Bréfritari: Sigríður Pálsdóttir
Viðtakandi: Páll Pálsson
Dagsetning: A-1847-06-21
Skrifað á: Hraungerði  Árn.
Páll var bróðir Sigríðar

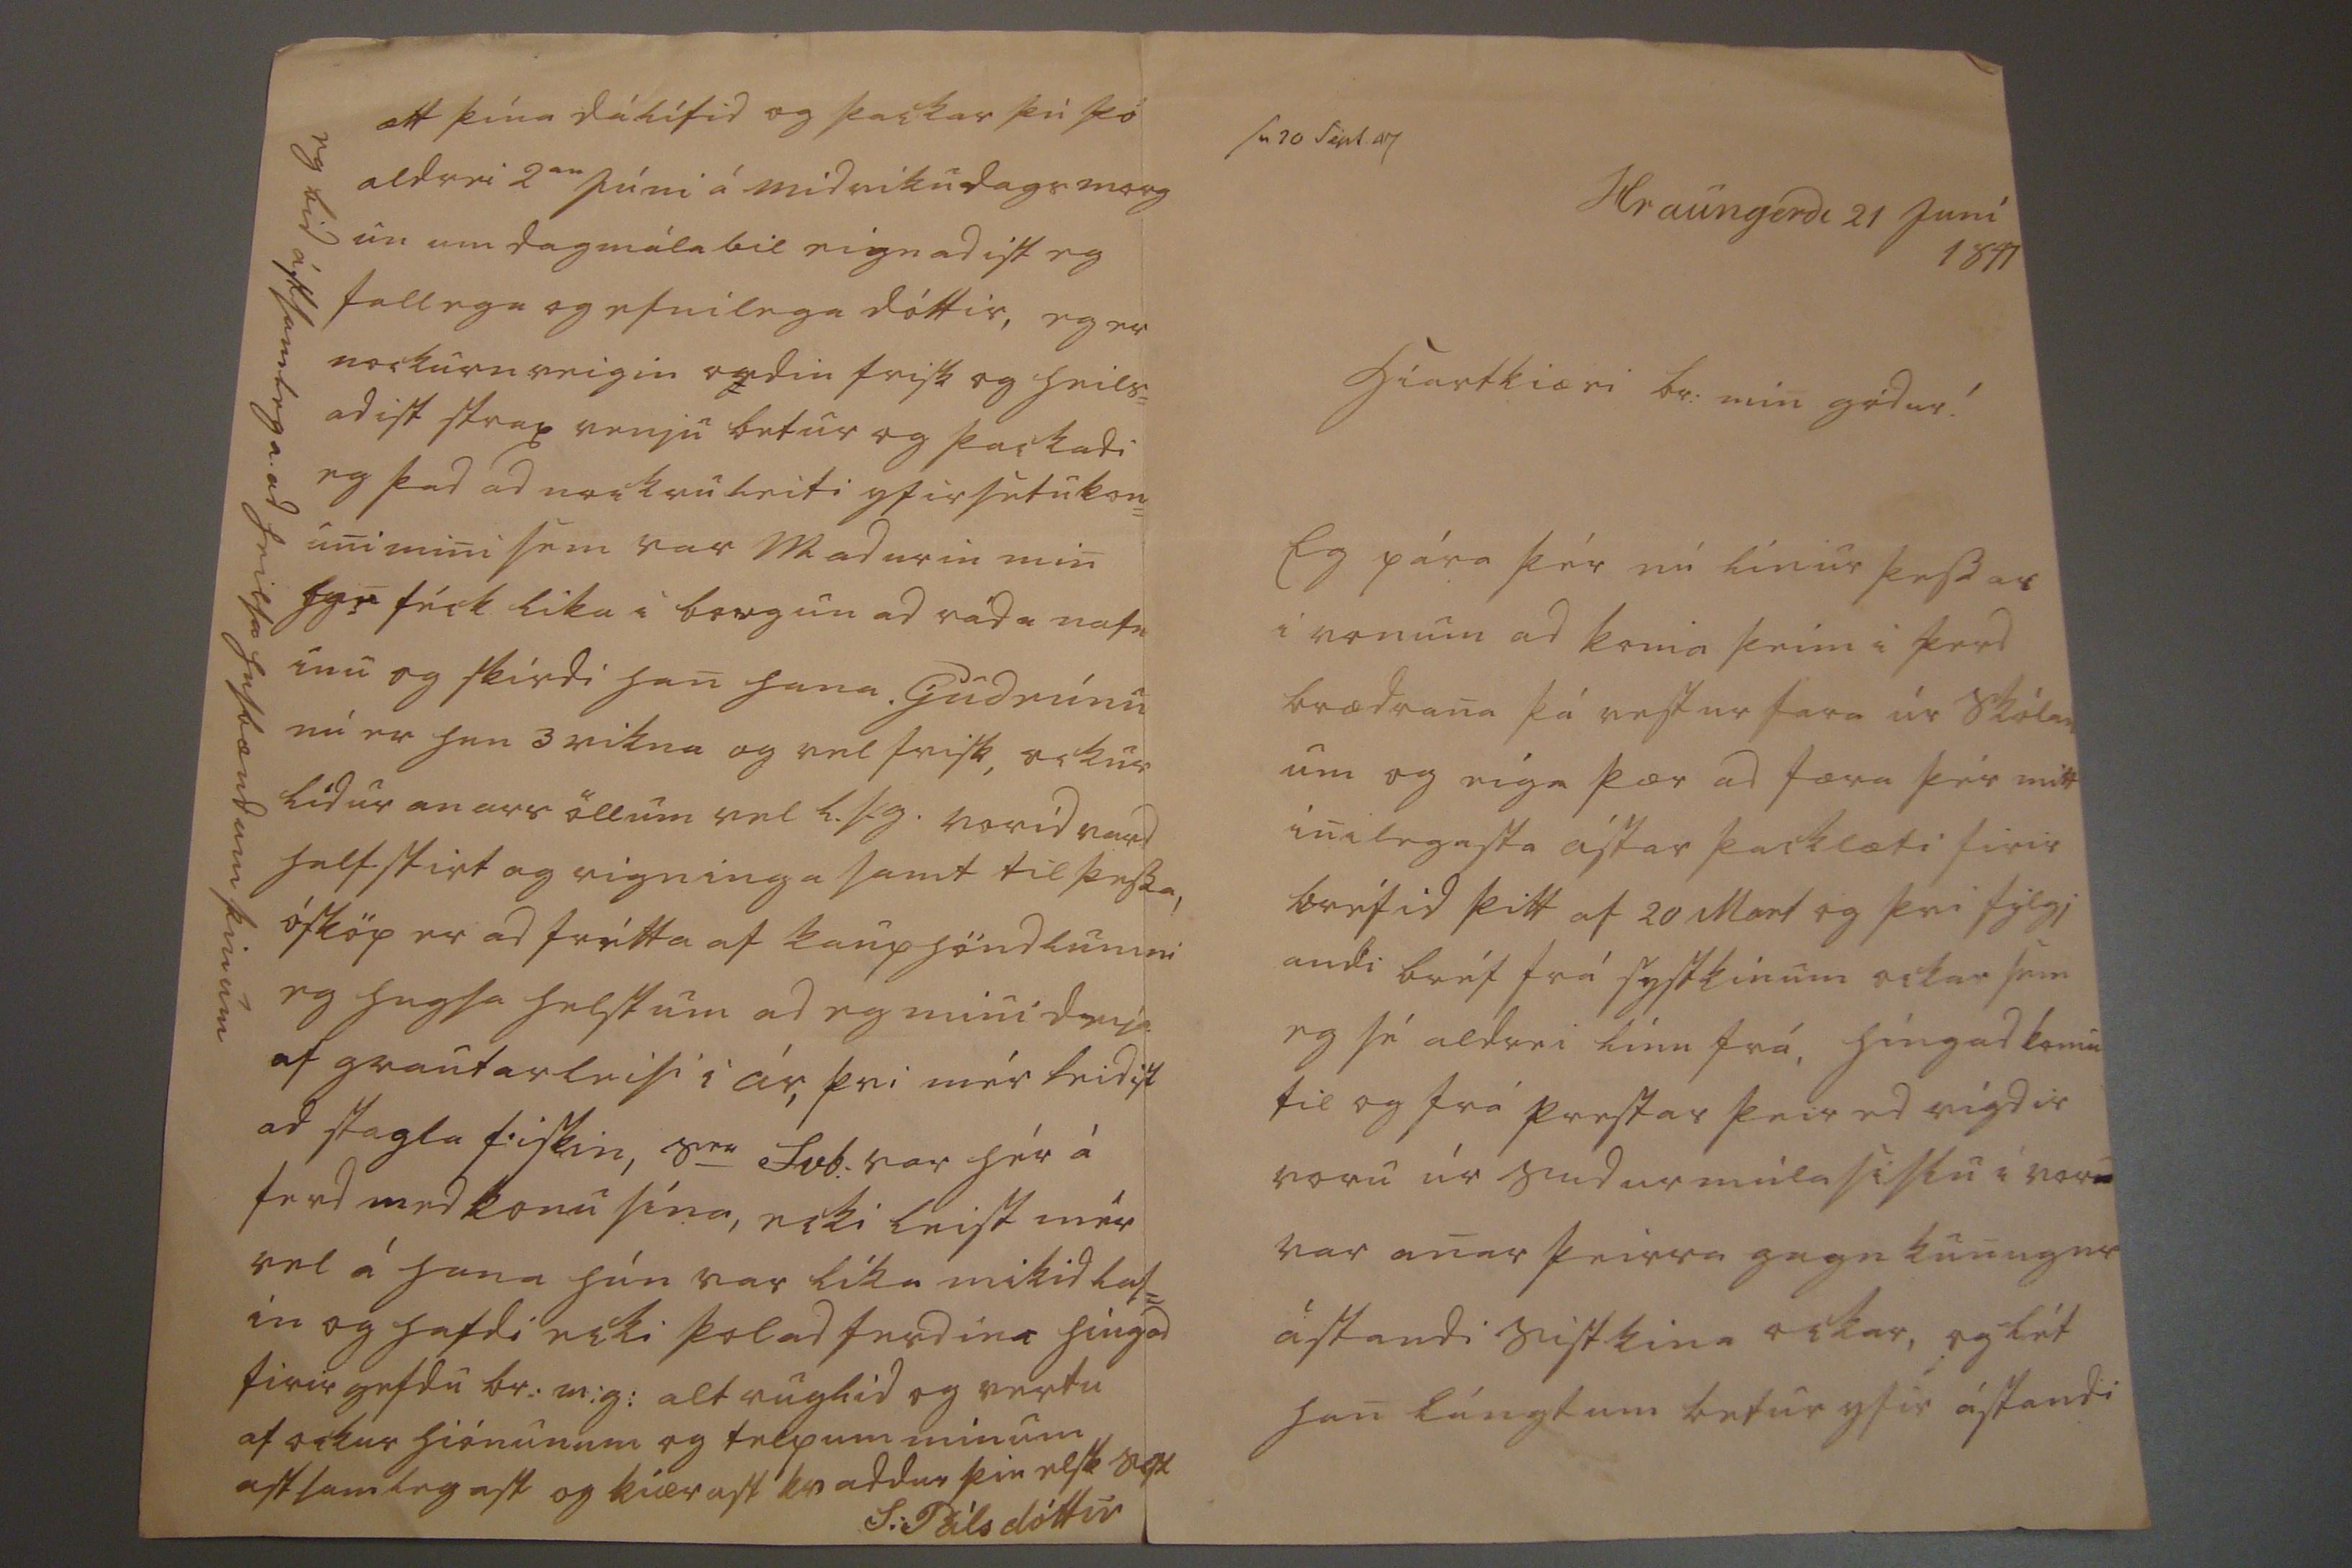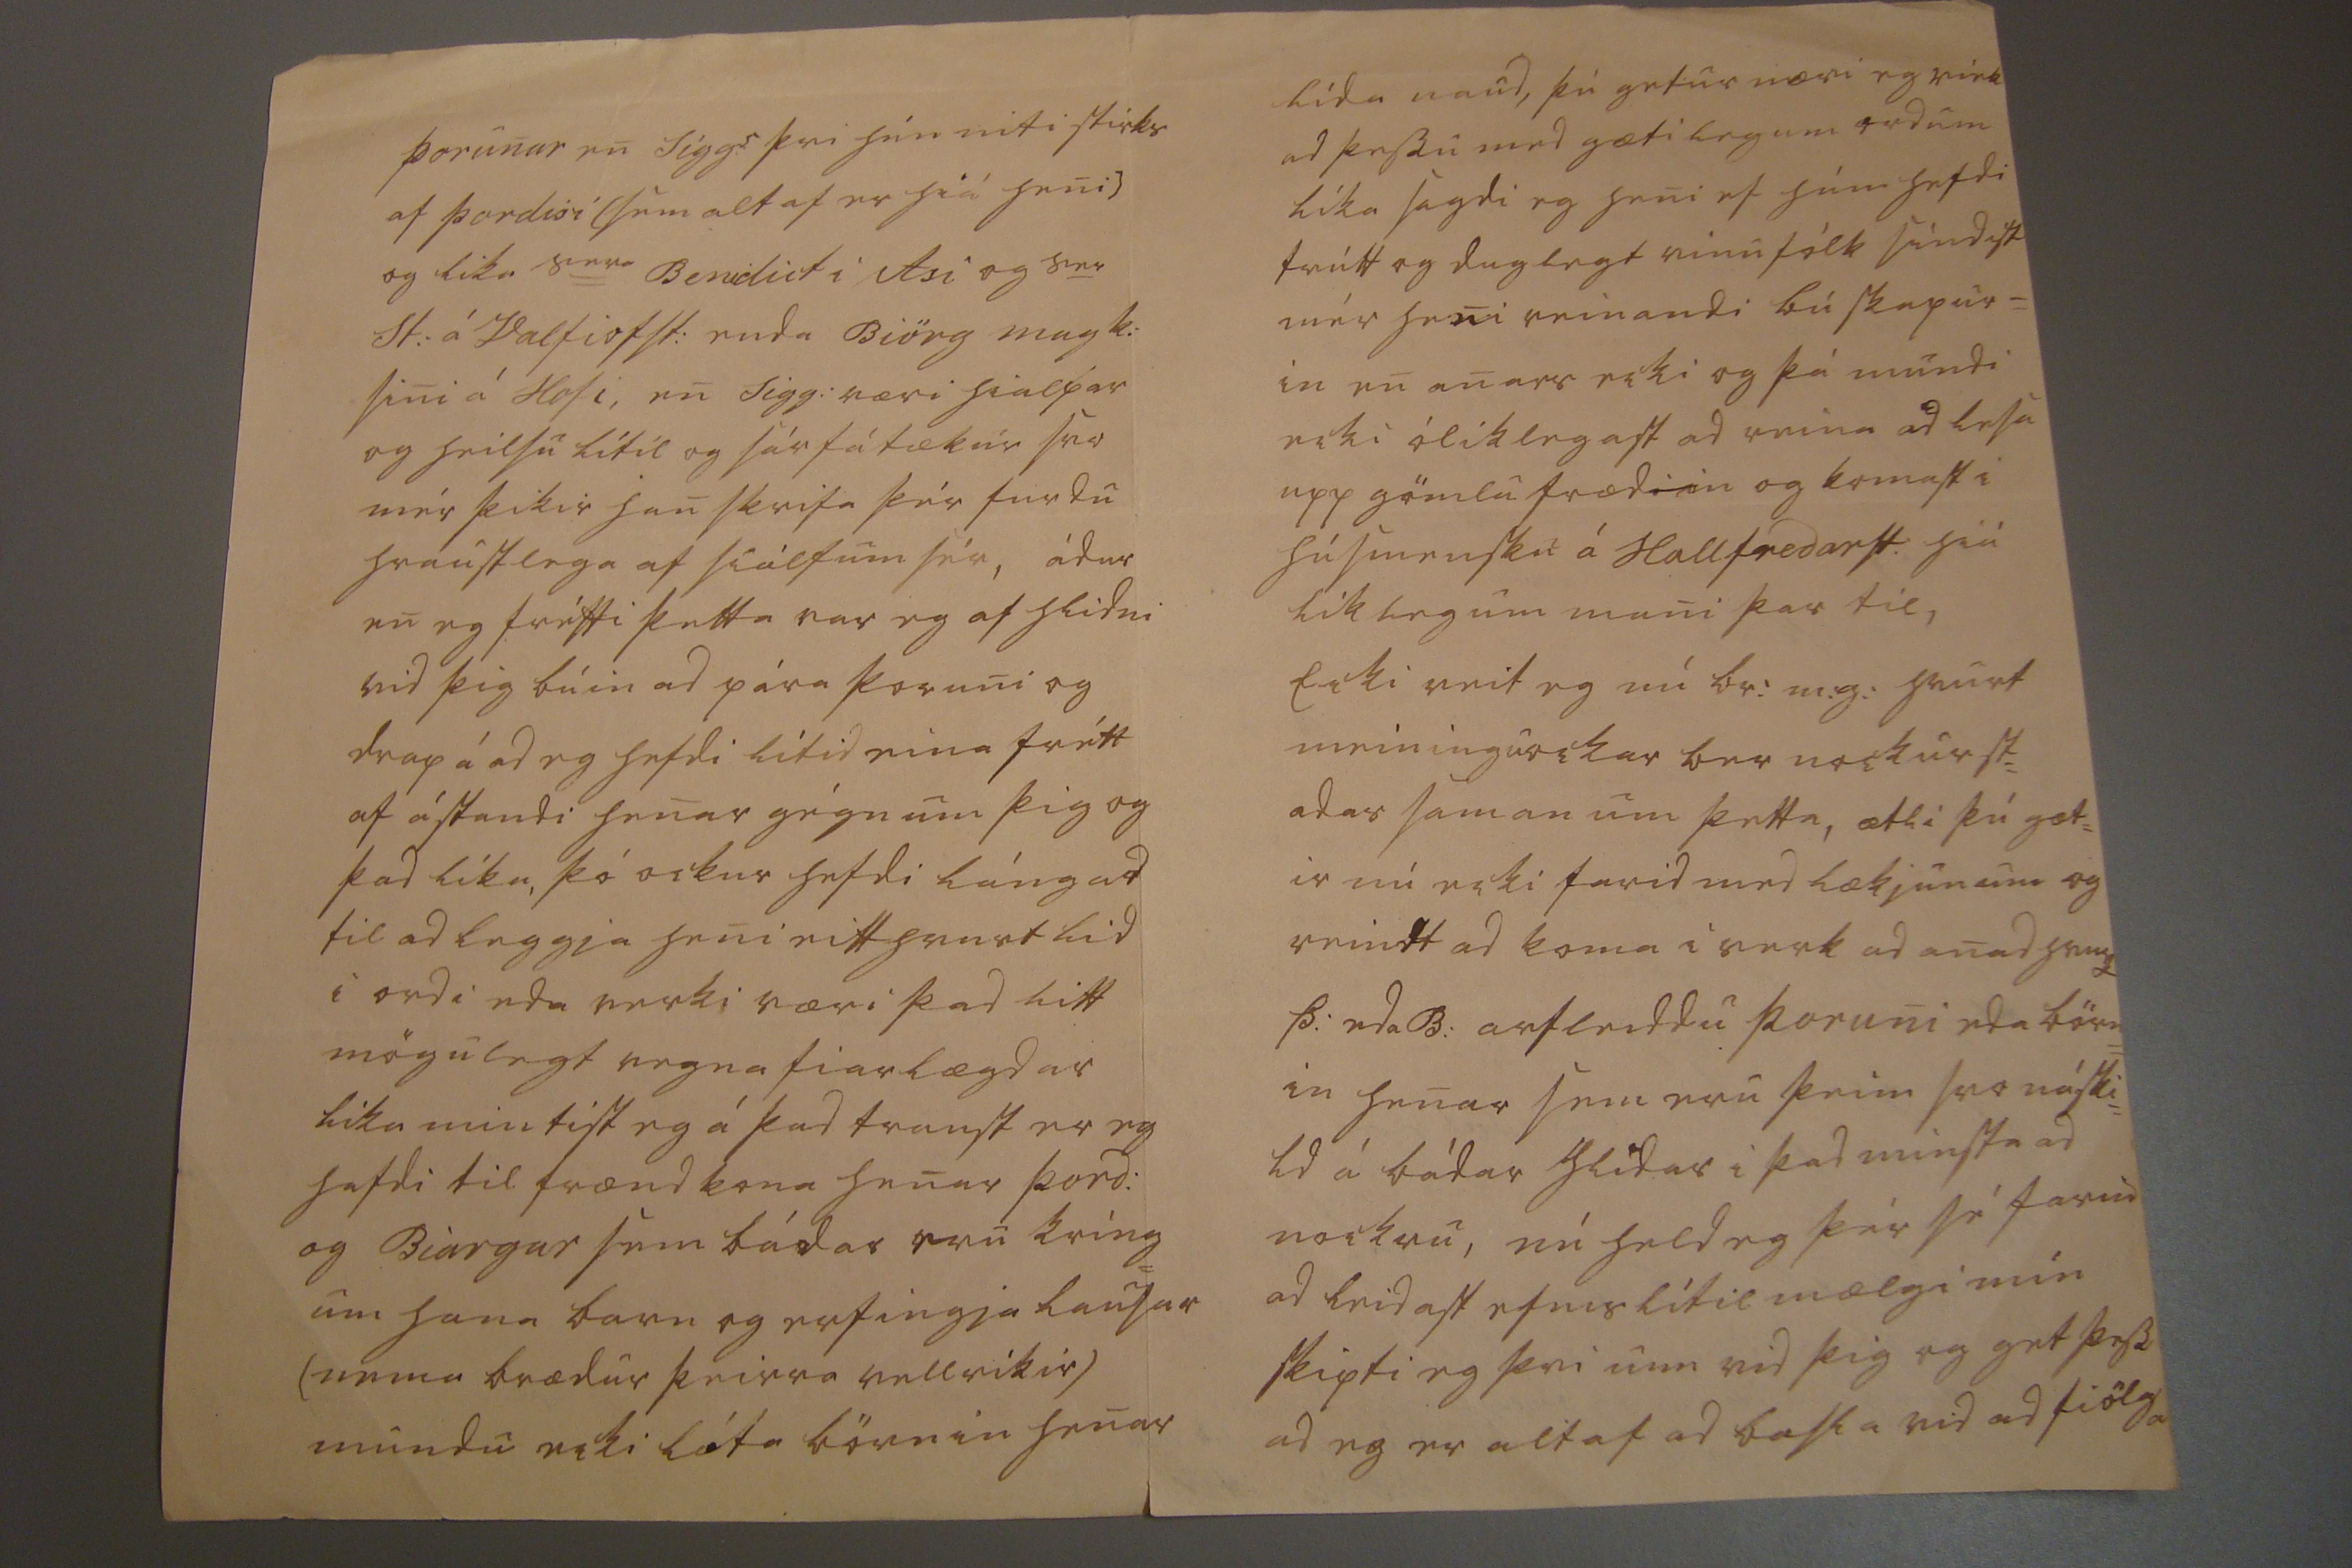

sv 20 Sept 47
Hraungerdi 21 Juní 1847
hiartkiæri br: min gódur!
Eg pára þér nú línur þessar i von um ad koma þeim i ferd brædrana þá vestur fara úr Skólan um og eiga þær ad færa þér mitt inilegasta ástar þacklæti firir bréfid þitt af 20 mars og þvi fylgj andi bréf frá systkinum ockar sem eg sé aldrei línu frá, híngad komin til og frá prestar þeir
ed
vígdir voru úr Sudur múla sislu i vor
ad
var anar þeirra gagn kunugur ástandi sistkina ockar, og lét han lángtum betur yfir ástandi
Þorunar en Siggs. þvi hún niti stirks af Þordisi (sem altaf er hiá heni) og lika Sera Benidict i Asi og S
er
St. á Valfiofst: enda Biörg magk: sini á Hofi, en Sigg: væri hialpar og heilsu lítil og sárfátækur svo mér þikir han skrifa þér furdu hraustlega af siálfum sér, ádur en eg frétti þetta var eg af hlidni vid þig búin ad pára Þoruni og drap á ad eg hefdi lítid eina frétt af ástandi henar gégnum þig og þad líka, þó ockur hefdi lángad til ad leggja heni eitthvurt lid i ordi eda verki væri þad litt mögulegt vegna fiarlægdar lika mintist eg á þad traust er eg hafdi til frændkona henar Þord: og Biargar sem bádar eru kring= um hana barn og erfingja lausar (nema brædur þeirra vellrikir) mundu ecki láta börnin henar
lída naud, þú getur næri eg viek ad þessu med gætilegum ordum líka sagdi eg heni ef hún hefdi trútt og duglegt vinufólk sindist mér heni reinandi búskapur= in en anars ecki og þá mundi ecki ólíklegast ad reina ad lesa upp gömlu fræd
ir
in og komast i húsmensku á Hallfredarst: hiá líklegum mani þar til, Ecki veit eg nú br:m:g: hvurt meininguockar ber nockurst= adar saman um þetta, ætli þú gæt= ir nú ecki farid med lækjunum og reindt ad koma i verk ad anad hvurt Þ: eda B: arfleiddu Þoruni eda börn= in henar sem eru þeim svo náski= ld á bádar hlidar i þad minsta ad nockru, nú held eg þér sé farid ad leidast efnislítil mælgi mín skipti eg þvi um vid þig og get þess ad eg er altaf ad basla vid ad fiölga ætt þína dálítid og þackar þú þó aldrei 2
an
júni á midvikudagsmorg un um dagmálabil eignadist eg fallega og efnilega dóttir, eg er nockurn veigin ordin frisk og heils= adist strax venju betur og þackadi eg þad ad nockru leiti yfirsetukon= uni mini sem var Madurin min han féck lika i borgun ad ráda nafn inu og skírdi han hana, Gudrúnu nú er hun 3 vikna og vel frisk, ockur lídur anars öllum vel l.s.g. vorid vard helst stirt og rigninga samt til þessa, ósköp er ad frétta af kauphöndlunini eg hugsa helst um ad eg muni deija af grautarleisi i ár, þvi mér leidist ad stagla fiskin, S
er
Svb: var hér á ferd med konu sína, ecki leist mér vel á hana hún var líka mikid las= in og hafdi ecki þolad ferdina hingad firirgefdu br:m:g: alt ruglid og vertu af ockur hiónunum og telpum mínum astsamlegast og kiærast kvaddur þin elsk syst
S:Pálsdóttir
eg bid ástsamlega ad heilsa husbændum þinum